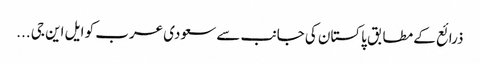
ذرائع کے مطابق پاکستان کی جانب سے سعودی عرب کو ایل این جی ...